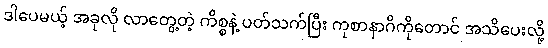
ဒါပေမယ့် အခုလို လာတွေ့တဲ့ ကိစ္စနဲ့ ပတ်သက်ပြီး ကုစာနာဂိကိုတောင် အသိပေးလို့